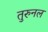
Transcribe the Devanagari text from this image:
तुरुनल